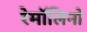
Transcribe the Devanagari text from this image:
रेमॉलिनो